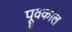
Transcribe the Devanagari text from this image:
पूवर्काल